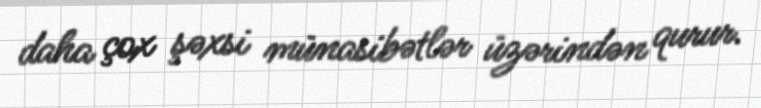
daha çox şəxsi münasibətlər üzərindən qurur.